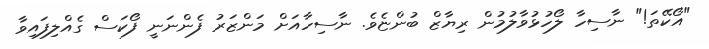
"އޯކޭތަ!" ނާސިހާ ލޯހުޅުވާލުމުން ރިޔާޒް ބުންޏެވެ. ނާސިހާއަށް މަންޒަރު ފެންނަނީ ފޯކަސް ގެއްލިފައިވާ